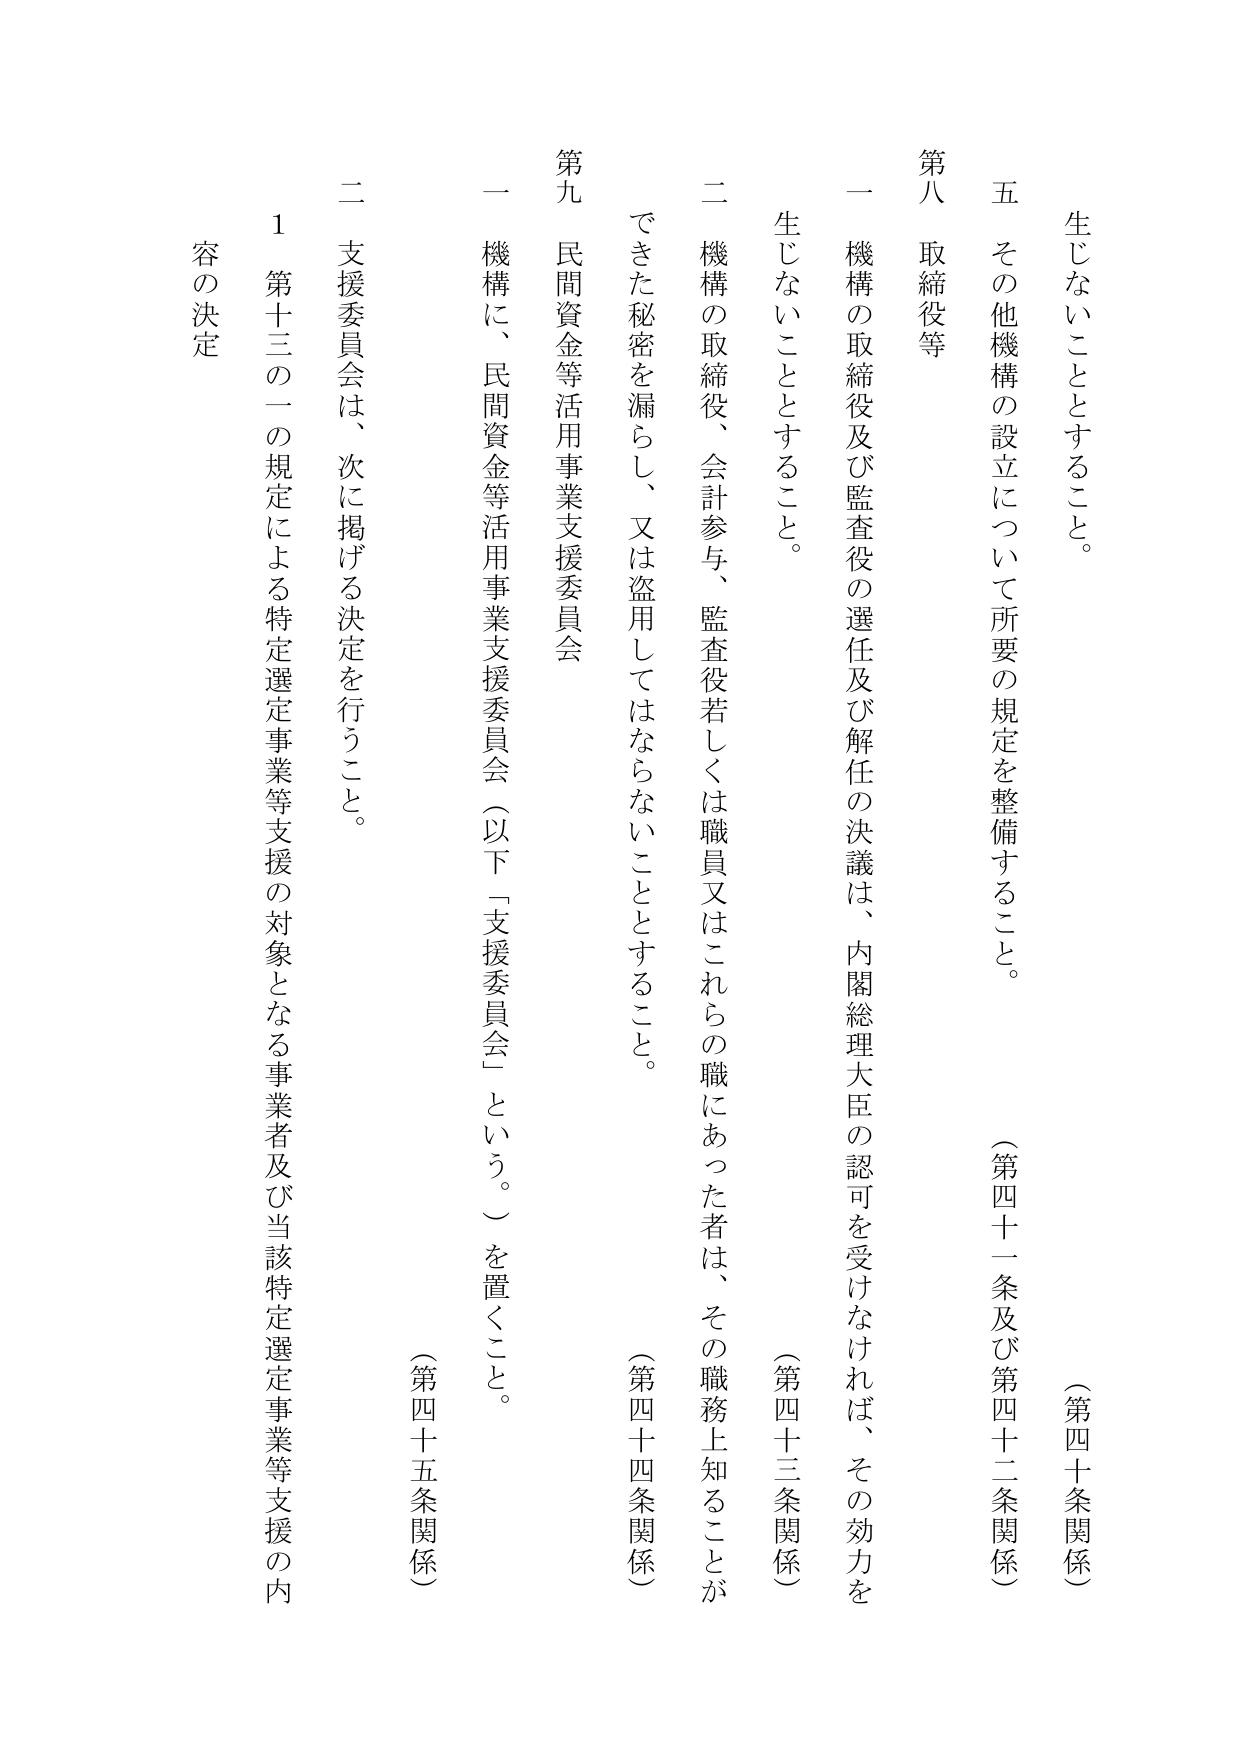
生じないこととすること。

五 その他機構の設立について所要の規定を整備すること。
（第四十一条及び第四十二条関係）

第八 取締役等

一 機構の取締役及び監査役の選任及び解任の決議は、内閣総理大臣の認可を受けなければ、その効力を
生じないこととすること。
（第四十三条関係）

二 機構の取締役、会計参与、監査役若しくは職員又はこれらの職にあった者は、その職務上知ることが
できた秘密を漏らし、又は盗用してはならないこととすること。
（第四十四条関係）

第九 民間資金等活用事業支援委員会

一 機構に、民間資金等活用事業支援委員会（以下「支援委員会」という。）を置くこと。
（第四十五条関係）

二 支援委員会は、次に掲げる決定を行うこと。

1 第十三の一の規定による特定選定事業等支援の対象となる事業者及び当該特定選定事業等支援の内
容の決定